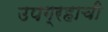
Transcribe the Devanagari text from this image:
उपग्रहाची